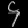
Digit: ၄